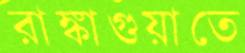
রাঙ্কাগুয়াতে